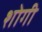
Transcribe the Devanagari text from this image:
शोगी